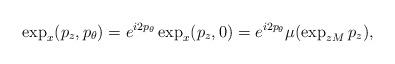
LaTeX: \begin{align*} \exp_x(p_z, p_{\theta}) = e^{i 2 p_{\theta}} \exp_x (p_z, 0) = e^{i 2 p_{\theta}} \mu ( \exp_{z M} p_z),\end{align*}